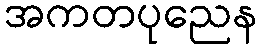
အကတပုညေန